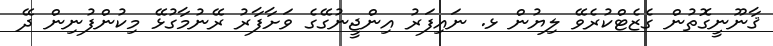
ޤާނޫނީގޮތުން ގެޒެޓްކުރެވޭ ލިޔުން ޅ. ނައިފަރު އިންޖީނުގޭގެ ވަށާފާރު ރޭނުމާގުޅޭ މިކުންފުނިން ދޭ